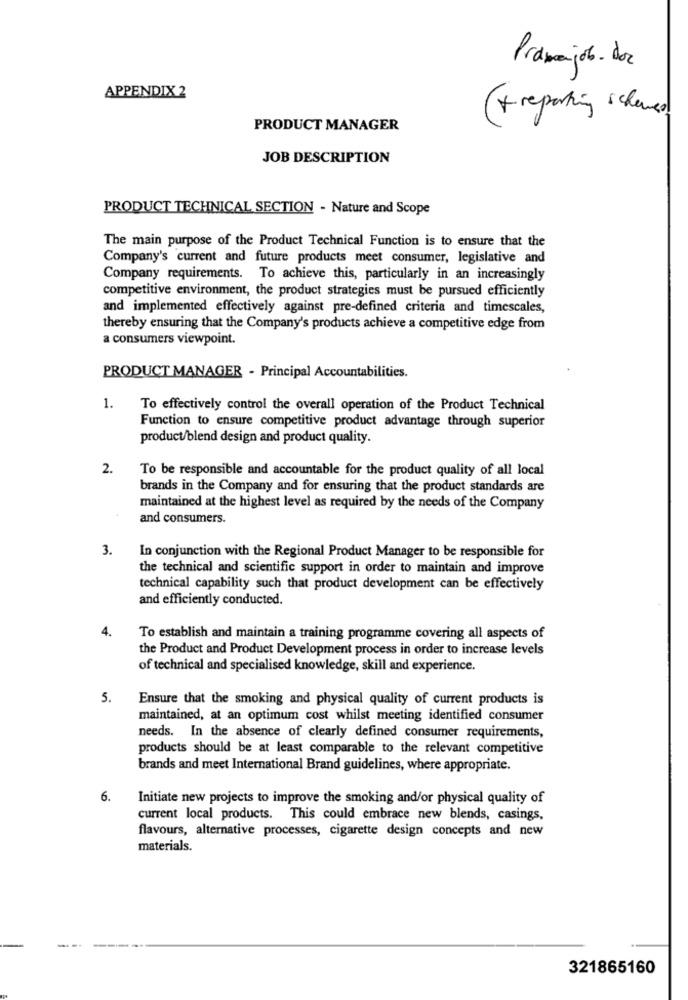
Pramenjob. doc
APPENDIX 2
(+ reporting schemes
PRODUCT MANAGER
JOB DESCRIPTION
PRODUCT TECHNICAL SECTION - Nature and Scope
The main purpose of the Product Technical Function is to ensure that the
Company's current and future products meet consumer, legislative and
Company requirements. To achieve this, particularly in an increasingly
competitive environment, the product strategies must be pursued efficiently
and implemented effectively against pre-defined criteria and timescales,
thereby ensuring that the Company's products achieve a competitive edge from
a consumers viewpoint.
PRODUCT MANAGER - Principal Accountabilities.
1.
To effectively control the overall operation of the Product Technical
Function to ensure competitive product advantage through superior
product/blend design and product quality.
2.
To be responsible and accountable for the product quality of all local
brands in the Company and for ensuring that the product standards are
maintained at the highest level as required by the needs of the Company
and consumers.
3.
In conjunction with the Regional Product Manager to be responsible for
the technical and scientific support in order to maintain and improve
technical capability such that product development can be effectively
and efficiently conducted.
4.
To establish and maintain a training programme covering all aspects of
the Product and Product Development process in order to increase levels
of technical and specialised knowledge, skill and experience.
5.
Ensure that the smoking and physical quality of current products is
maintained, at an optimum cost whilst meeting identified consumer
needs. In the absence of clearly defined consumer requirements,
products should be at least comparable to the relevant competitive
brands and meet International Brand guidelines, where appropriate.
6.
Initiate new projects to improve the smoking and/or physical quality of
current local products. This could embrace new blends, casings,
flavours, alternative processes, cigarette design concepts and new
materials.
321865160